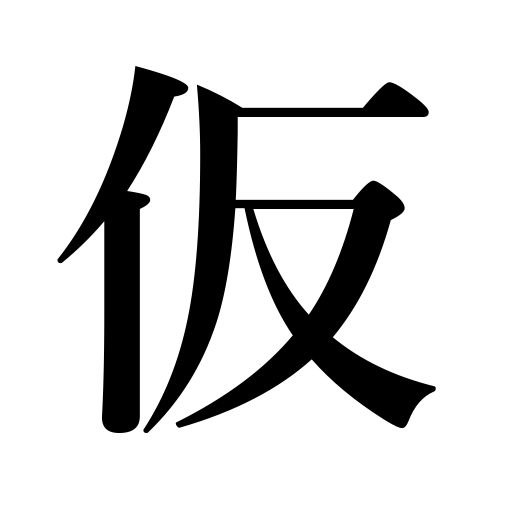
Meanings: tempory,assumed name,provisional,fleeting,Buddhist vanity,unauthorized,informal,temporarily,provisionally,for example,acting,for argument's sake,even as a joke,interim,even for an instant